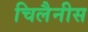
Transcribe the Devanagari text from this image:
चिलैनीस